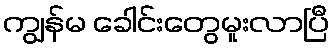
ကျွန်မ ခေါင်းတွေမူးလာပြီ